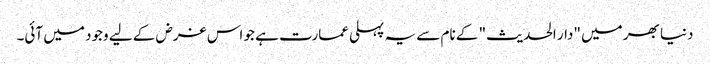
دنیا بھر میں "دار الحدیث" کے نام سے یہ پہلی عمارت ہے جو اس غرض کے لیے وجود میں آئی۔